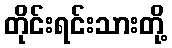
တိုင်းရင်းသားတို့